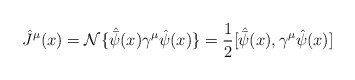
\begin{align*}{\hat J}^{\mu}(x)={\cal N} \{{\hat {\bar \psi}}(x)\gamma^{\mu}{\hat\psi}(x)\}=\frac{1}{2}[{\hat {\bar \psi}}(x),\gamma^{\mu}{\hat \psi}(x)]\end{align*}